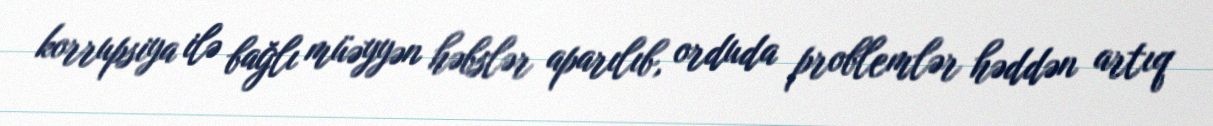
korrupsiya ilə bağlı müəyyən həbslər aparılıb, orduda problemlər həddən artıq